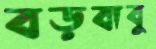
বড়বাবু